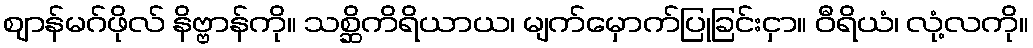
ဈာန်မဂ်ဖိုလ် နိဗ္ဗာန်ကို။ သစ္ဆိကိရိယာယ၊ မျက်မှောက်ပြုခြင်းငှာ။ ဝီရိယံ၊ လုံ့လကို။